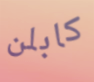
كابلن